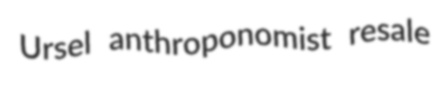
Ursel anthroponomist resale